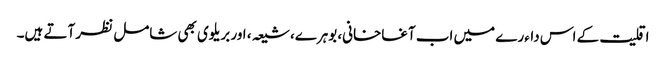
اقلیت کے اس داءرے میں اب آغاخانی، بوہرے، شیعہ، اور بریلوی بھی شامل نظر آتے ہیں۔